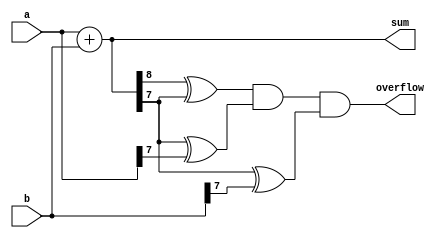
module param_adder #(parameter N = 8) (
    input  wire [N-1:0] a,    // N-bit input a
    input  wire [N-1:0] b,    // N-bit input b
    output wire [N:0] sum,     // (N+1)-bit output sum
    output wire overflow        // Overflow output
);

// Behavioral description of the adder
assign sum = a + b; // Perform addition

// Overflow detection
assign overflow = (sum[N] ^ sum[N-1]) & (sum[N-1] ^ a[N-1]) & (sum[N-1] ^ b[N-1]);

endmodule